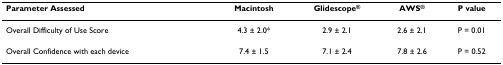
<table><thead><tr><td><b>Parameter Assessed</b></td><td><b>Macintosh</b></td><td><b>Glidescope<sup>®</sup></b></td><td><b>AWS<sup>®</sup></b></td><td><b>P value</b></td></tr></thead><tbody><tr><td>Overall Difficulty of Use Score</td><td>4.3 ± 2.0*</td><td>2.9 ± 2.1</td><td>2.6 ± 2.1</td><td>P = 0.01</td></tr><tr><td>Overall Confidence with each device</td><td>7.4 ± 1.5</td><td>7.1 ± 2.4</td><td>7.8 ± 2.6</td><td>P = 0.52</td></tr></tbody></table>